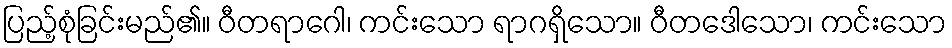
ပြည့်စုံခြင်းမည်၏။ ဝီတရာဂေါ၊ ကင်းသော ရာဂရှိသော။ ဝီတဒေါသော၊ ကင်းသော